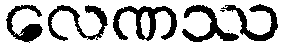
လေဏဿ